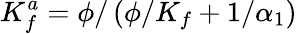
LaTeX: K_{f}^{a}=\phi/\left(\phi/K_{f}+1/\alpha_{1}\right)